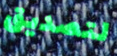
لتصديق